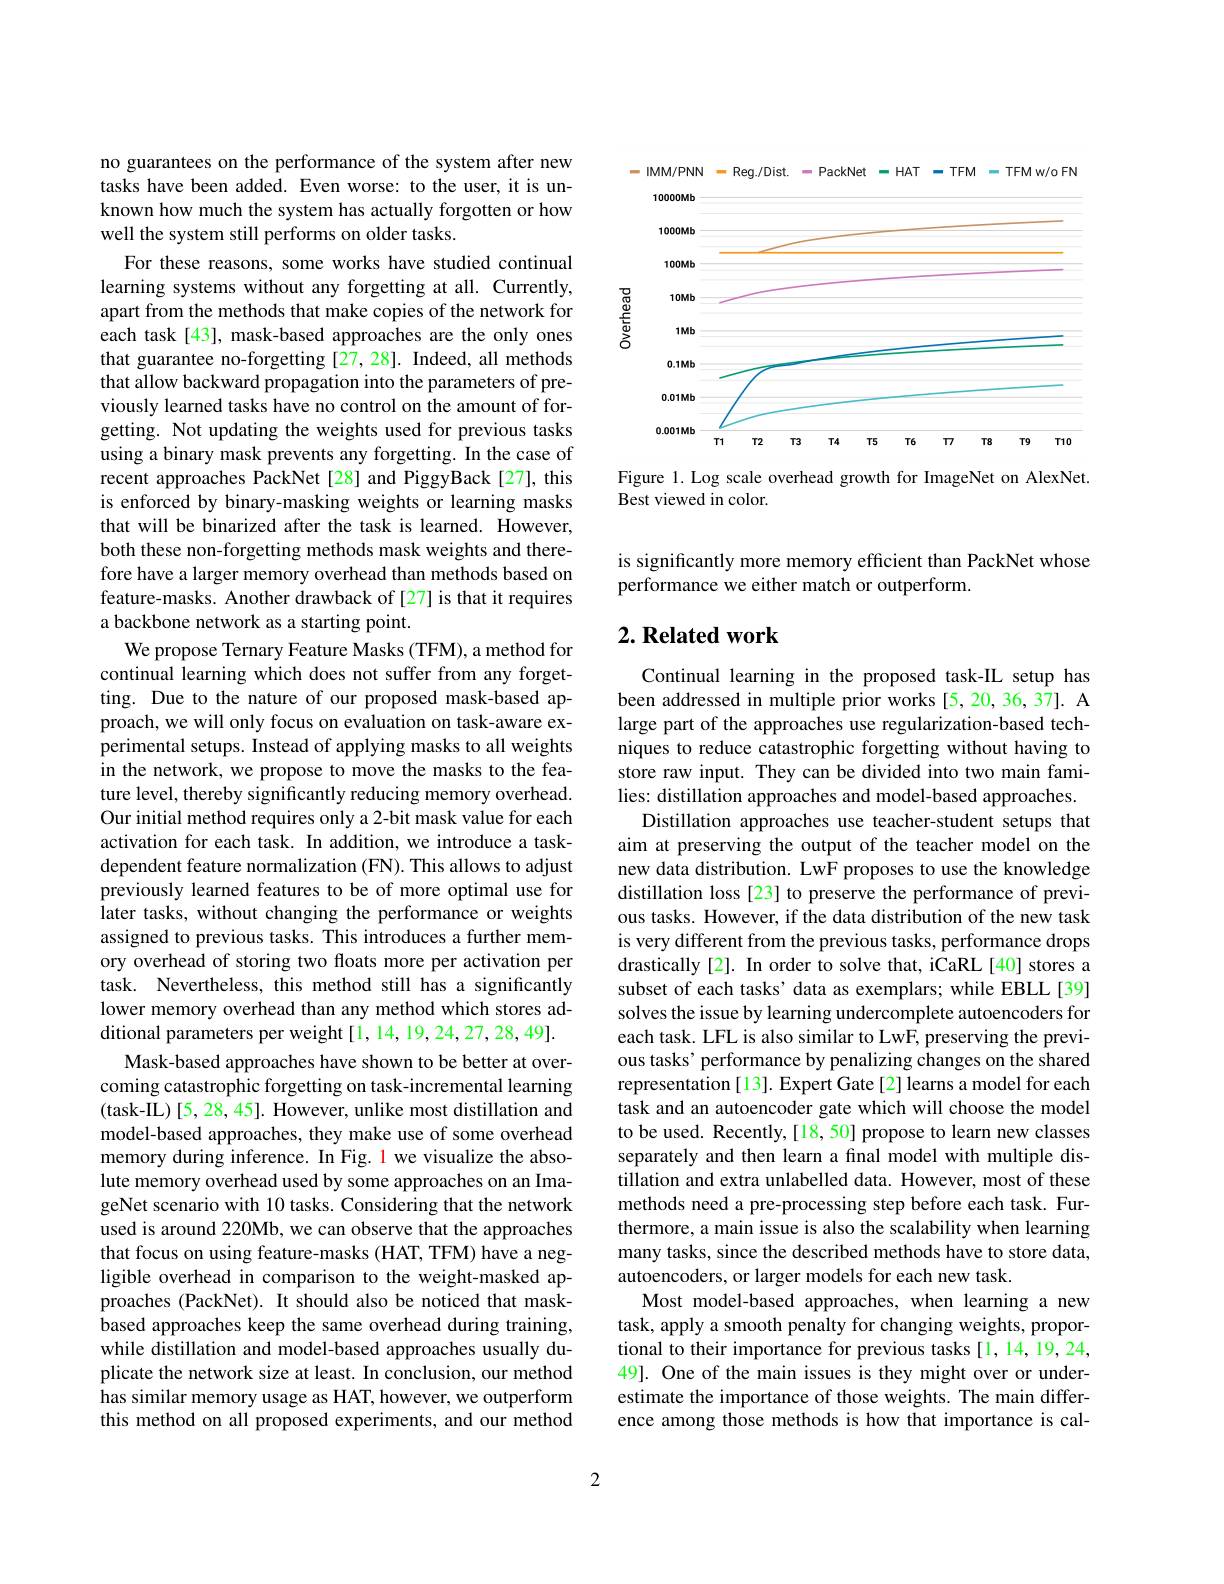
no guarantees on the performance of the system after new tasks have been added. Even worse: to the user, it is unknown how much the system has actually forgotten or how well the system still performs on older tasks.
For these reasons, some works have studied continual learning systems without any forgetting at all. Currently, apart from the methods that make copies of the network for each task[43], mask-based approaches are the only ones that guarantee no-forgetting [27,28]. Indeed, all methods that allow backward propagation into the parameters of previously learned tasks have no control on the amount of forgetting. Not updating the weights used for previous tasks using a binary mask prevents any forgetting. In the case of recent approaches PackNet[28] and PiggyBack[27], this is enforced by binary-masking weights or learning masks that will be binarized after the task is learned. However, both these non-forgetting methods mask weights and therefore have a larger memory overhead than methods based on feature-masks. Another drawback of [27] is that it requires a backbone network as a starting point.
We propose Ternary Feature Masks (TFM), a method for continual learning which does not suffer from any forgetting. Due to the nature of our proposed mask-based approach, we will only focus on evaluation on task-aware experimental setups. Instead of applying masks to all weights in the network, we propose to move the masks to the feature level, thereby significantly reducing memory overhead. Our initial method requires only a 2-bit mask value for each activation for each task. In addition, we introduce a taskdependent feature normalization (FN). This allows to adjust previously learned features to be of more optimal use for later tasks, without changing the performance or weights assigned to previous tasks. This introduces a further memory overhead of storing two floats more per activation per task. Nevertheless, this method still has a significantly lower memory overhead than any method which stores additional parameters per weight[1,14,19,24,27,28,49].
Mask-based approaches have shown to be better at overcoming catastrophic forgetting on task-incremental learning (task-IL)[5, 28, 45]. However, unlike most distillation and model-based approaches, they make use of some overhead memory during inference. In Fig. 1 we visualize the absolute memory overhead used by some approaches on an ImageNet scenario with 10 tasks. Considering that the network used is around 220Mb, we can observe that the approaches that focus on using feature-masks (HAT, TFM) have a negligible overhead in comparison to the weight-masked approaches (PackNet). It should also be noticed that maskbased approaches keep the same overhead during training, while distillation and model-based approaches usually duplicate the network size at least. In conclusion, our method has similar memory usage as HAT, however, we outperform this method on all proposed experiments, and our method

<FigureHere>

Figure 1. Log scale overhead growth for ImageNet on AlexNet.
Best viewed in color.

is significantly more memory efficient than PackNet whose
performance we either match or outperform.

## $2. \textbf{ Related work}$

Continual learning in the proposed task-IL setup has been addressed in multiple prior works [5,20,36,37]. A large part of the approaches use regularization-based techniques to reduce catastrophic forgetting without having to store raw input. They can be divided into two main families: distillation approaches and model-based approaches.
Distillation approaches use teacher-student setups that aim at preserving the output of the teacher model on the new data distribution. LwF proposes to use the knowledge distillation loss [23] to preserve the performance of previous tasks. However, if the data distribution of the new task is very different from the previous tasks, performance drops drastically [2]. In order to solve that, iCaRL[40] stores a subset of each tasks' data as exemplars; while EBLL[39] solves the issue by learning undercomplete autoencoders for each task. LFL is also similar to LwF, preserving the previous tasks' performance by penalizing changes on the shared representation[13]. Expert Gate[2] learns a model for each task and an autoencoder gate which will choose the model to be used. Recently,[18,50] propose to learn new classes separately and then learn a final model with multiple distillation and extra unlabelled data. However, most of these methods need a pre-processing step before each task. Furthermore, a main issue is also the scalability when learning many tasks, since the described methods have to store data, autoencoders, or larger models for each new task.
Most model-based approaches, when learning a new task, apply a smooth penalty for changing weights, proportional to their importance for previous tasks [1,14,19,24, 49]. One of the main issues is they might over or underestimate the importance of those weights. The main difference among those methods is how that importance is cal-

2